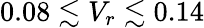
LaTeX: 0.08\lesssim V_{r}\lesssim 0.14